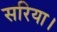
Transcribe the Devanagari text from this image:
सरिया।